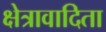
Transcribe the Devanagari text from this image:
क्षेत्रावादिता